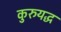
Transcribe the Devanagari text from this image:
कुरुयद्ध